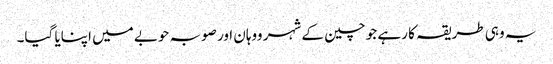
یہ وہی طریقہ کا رہے جو چین کے شہر ووہان اور صوبہ حوبے میں اپنایا گیا۔